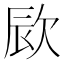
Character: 㰮